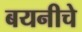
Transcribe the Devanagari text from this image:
बयनीचे